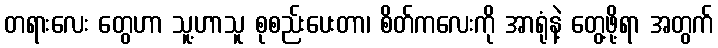
တရားလေး တွေဟာ သူ့ဟာသူ စုစည်းပေးတာ၊ စိတ်ကလေးကို အာရုံနဲ့ တွေ့ဖို့ရာ အတွက်